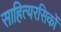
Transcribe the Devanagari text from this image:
साहित्यरसिकों